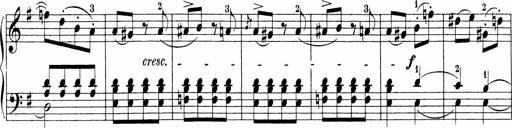
Title: Sonatinen Op.47, 98 und 136, nebst 6 Liedersonatinen
Composer: Carl Reinecke